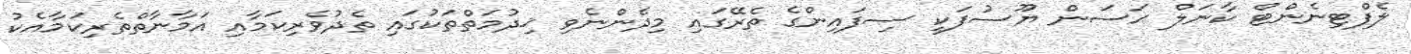
ލެފްޓިނެންޓް ކާނަލް ޙަސަން ޔޫސުފަކީ ސިފައިންގެ ތެރޭގައި މިދެންނެވި ޚިދުމަތްތަކުގައި ތެދުވެރިކަމާއި އަމާނާތްތެރިކަމާއެކު